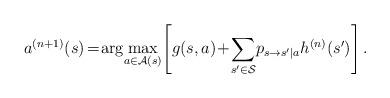
LaTeX: \begin{align*}a^{(n+1)}(s) \!=\! \arg\!\max_{a\in \mathcal{A}(s)} \!\left[g(s, a) \!+\! \sum_{s' \in \mathcal{S}}\!p_{s\rightarrow s' | a}h^{(n)}(s')\right]. \end{align*}